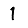
Digit: 1